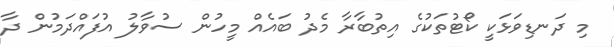
މި ދަނޑިވަޅަކީ ކޯޓުތަކުގެ އިތުބާރާ މެދު ބައެއް މީހުން ސުވާލު އުފައްދަމުން ދާ